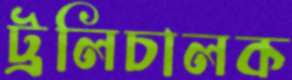
ট্রলিচালক